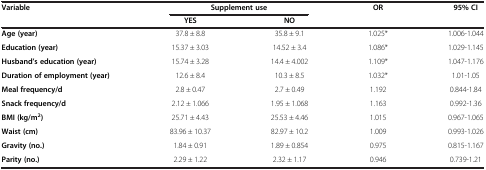
<table><thead><tr><td><b>Variable</b></td><td colspan="2"><b>Supplement use</b></td><td><b>OR</b></td><td><b>95% CI</b></td></tr><tr><td><b> </b></td><td><b>YES</b></td><td><b>NO</b></td><td><b> </b></td><td><b> </b></td></tr></thead><tbody><tr><td><b>Age (year)</b></td><td>37.8 ± 8.8</td><td>35.8 ± 9.1</td><td>1.025*</td><td>1.006-1.044</td></tr><tr><td><b>Education (year)</b></td><td>15.37 ± 3.03</td><td>14.52 ± 3.4</td><td>1.086*</td><td>1.029-1.145</td></tr><tr><td><b>Husband’s education (year)</b></td><td>15.74 ± 3.28</td><td>14.4 ± 4.002</td><td>1.109*</td><td>1.047-1.176</td></tr><tr><td><b>Duration of employment (year)</b></td><td>12.6 ± 8.4</td><td>10.3 ± 8.5</td><td>1.032*</td><td>1.01-1.05</td></tr><tr><td><b>Meal frequency/d</b></td><td>2.8 ± 0.47</td><td>2.7 ± 0.49</td><td>1.192</td><td>0.844-1.84</td></tr><tr><td><b>Snack frequency/d</b></td><td>2.12 ± 1.066</td><td>1.95 ± 1.068</td><td>1.163</td><td>0.992-1.36</td></tr><tr><td><b>BMI (kg/m</b><sup><b>2</b></sup><b>)</b></td><td>25.71 ± 4.43</td><td>25.53 ± 4.46</td><td>1.015</td><td>0.967-1.065</td></tr><tr><td><b>Waist (cm)</b></td><td>83.96 ± 10.37</td><td>82.97 ± 10.2</td><td>1.009</td><td>0.993-1.026</td></tr><tr><td><b>Gravity (no.)</b></td><td>1.84 ± 0.91</td><td>1.89 ± 0.854</td><td>0.975</td><td>0.815-1.167</td></tr><tr><td><b>Parity (no.)</b></td><td>2.29 ± 1.22</td><td>2.32 ± 1.17</td><td>0.946</td><td>0.739-1.21</td></tr></tbody></table>